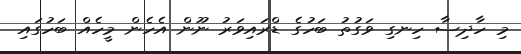
މި ހާދިސާ ހިނގި ވަގުތު ބަހުގެ ޑްރައިވަރު ނޫން އެހެން މީހެއް ބަހުގައި